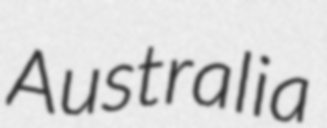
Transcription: Australia